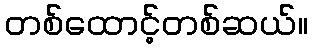
တစ်ထောင့်တစ်ဆယ်။